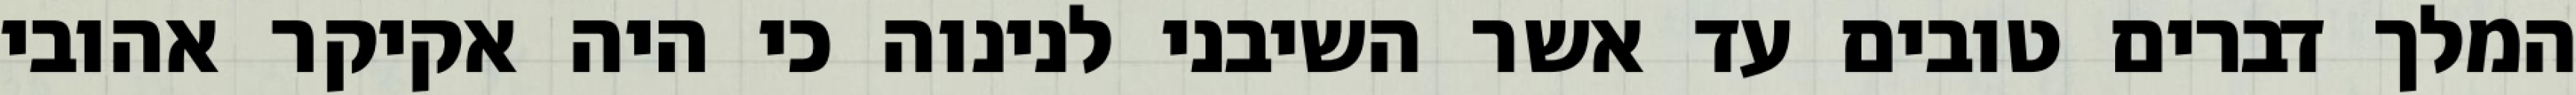
המלך דברים טובים עד אשר השיבני לנינוה כי היה אקיקר אהובי